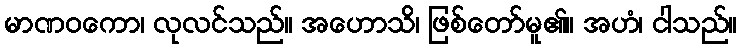
မာဏဝကော၊ လုလင်သည်။ အဟောသိ၊ ဖြစ်တော်မူ၏။ အဟံ၊ ငါသည်။